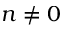
n \ne 0